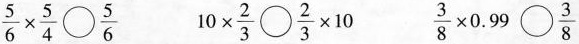
$$\frac { 5 } { 6 } \times \frac { 5 } { 4 } \bigcirc \frac { 5 } { 6 }$$ $$1 0 \times \frac { 2 } { 3 } \bigcirc \frac { 2 } { 3 } \times 1 0$$ $$\frac { 3 } { 8 } \times 0 . 9 9 \bigcirc \frac { 3 } { 8 }$$